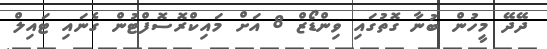
ދޭދޭ މީހުން ބުނާ ގޮތުގައި ވިންޑޯޒް 8 އަށް މައިކްރޮސޮފްޓުން ގެނައި ޓައިލް